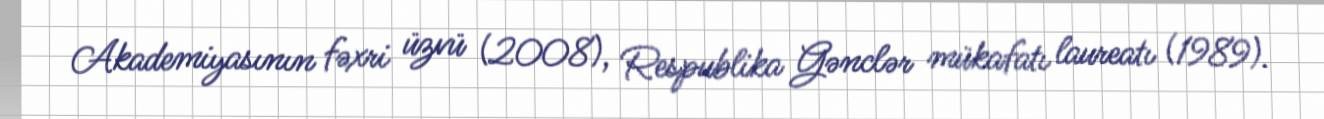
Akademiyasının fəxri üzvü (2008), Respublika Gənclər mükafatı laureatı (1989).